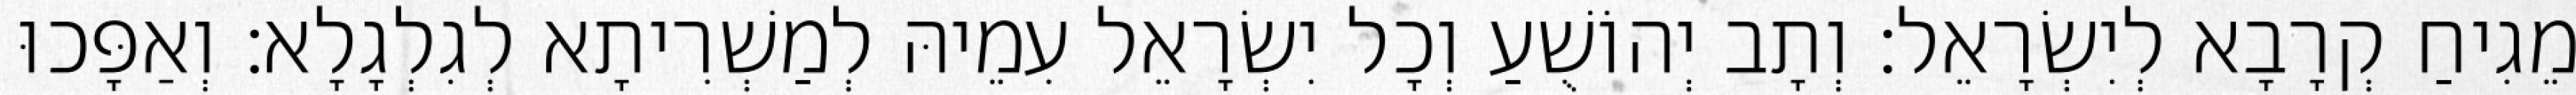
מֵגִיחַ קְרָבָא לְיִשְׂרָאֵל׃ וְתָב יְהוֹשֻׁעַ וְכָל יִשְׂרָאֵל עִמֵיהּ לְמַשְׁרִיתָא לְגִלְגָלָא׃ וְאַפָּכוּ